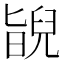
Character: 𦦃